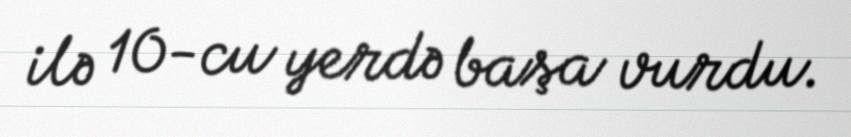
ilə 10-cu yerdə başa vurdu.